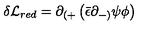
\delta { \cal L } _ { r e d } = \partial _ { ( + } \left( { \bar { \epsilon } } \partial _ { - ) } \psi \phi \right) ~